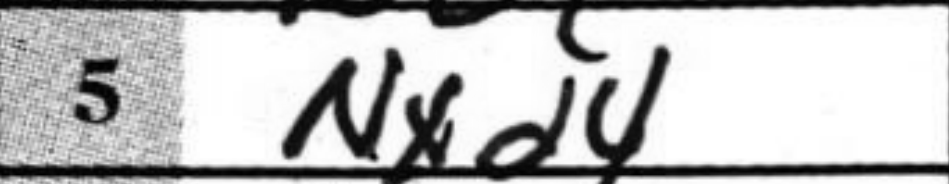
Transcription: Nxd4